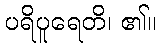
ပရိပူရေတိ၊ ၏။